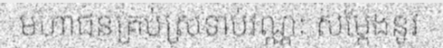
មហាជនគ្រប់ស្រទាប់វណ្ណៈ សម្តែងនូវ